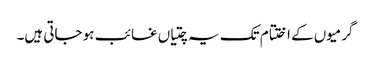
گرمیوں کے اختتام تک یہ چتیاں غائب ہو جاتی ہیں۔